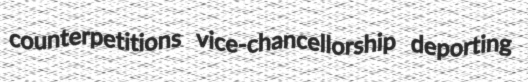
counterpetitions vice-chancellorship deporting